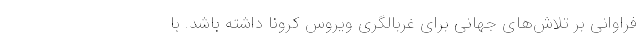
فراوانی بر تلاش‌های جهانی برای غربالگری ویروس کرونا داشته باشد. با